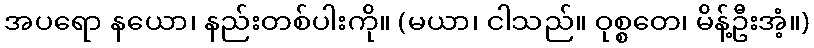
အပရော နယော၊ နည်းတစ်ပါးကို။ (မယာ၊ ငါသည်။ ဝုစ္စတေ၊ မိန့်ဦးအံ့။)